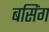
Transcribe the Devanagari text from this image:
बसिंग